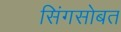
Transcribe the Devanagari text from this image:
सिंगसोबत